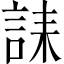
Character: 誄